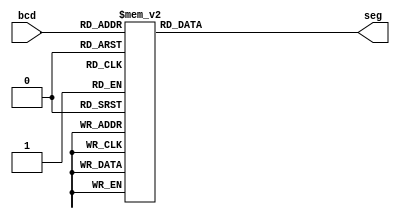
module seg7(bcd ,seg);
input [3:0] bcd;
output [7:0] seg;
reg [7:0] seg;

always @(bcd)
begin
    case (bcd)
        0 :
            seg = 8'b11000000;
        1 :
            seg = 8'b11111001;
        2 :
            seg = 8'b10100100;
        3 :
            seg = 8'b10110000;
        4 :
            seg = 8'b10011001;
        5 :
            seg = 8'b10010010;
        6 :
            seg = 8'b10000010;
        7 :
            seg = 8'b11111000;
        8 :
            seg = 8'b10000000;
        9 :
            seg = 8'b10010000;
        default :
            seg = 8'b11111111;
    endcase
end
endmodule